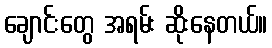
ချောင်းတွေ အရမ်း ဆိုးနေတယ်။